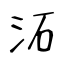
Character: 沰